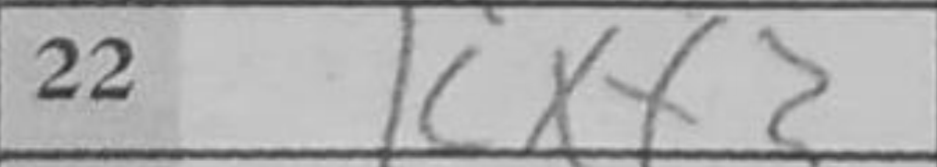
Transcription: Kxf2